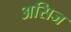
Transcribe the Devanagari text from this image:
असिज